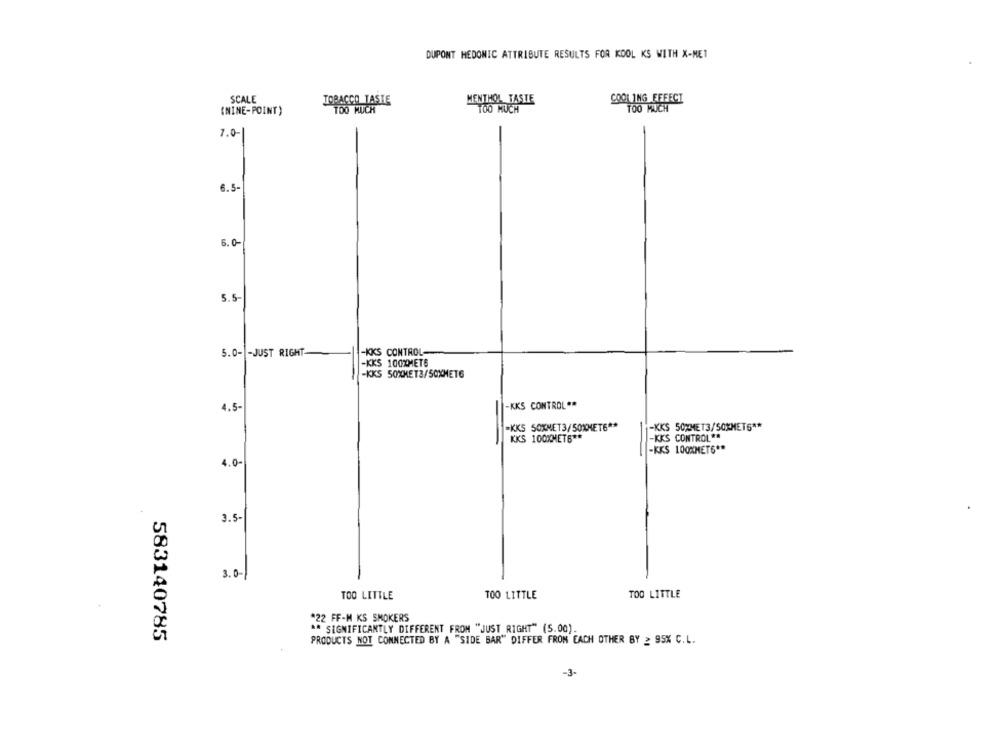
DUPONT HEDONIC ATTRIBUTE RESULTS FOR KOOL KS WITH X-MET
SCALE
TOBACCO TASTE
MENTHOL TASTE
COOLING EFFECT
(NINE-POINT )
TOO MUCH
TOO MUCH
TOO MUCH
7.0-
6.5
6.0-
5.5-
5.0- - JUST RIGHT
-KKS CONTROL-
-KKS 100XMET6
-KKS 50XMET3/50XMET6
-KKS CONTROL **
4.5-
=KKS 50XNET3/50XMET6 **
-KKS 50%MET3/50KMETG **
-
KKS 100KMET6 **
-KKS CONTROL **
-KKS 100XMETS **
4.0
3.5-
3.0-1
TOO LITTLE
TOO LITTLE
TOO LITTLE
*22 FF-M KS SMOKERS
** SIGNIFICANTLY DIFFERENT FROM "JUST RIGHT" (5.00).
583140785
PRODUCTS NOT CONNECTED BY A "SIDE BAR" DIFFER FROM EACH OTHER BY ≥ 95% C.L.
-3-